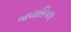
બાયસિકલ